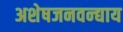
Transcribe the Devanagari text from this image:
अशेषजनवन्द्याय